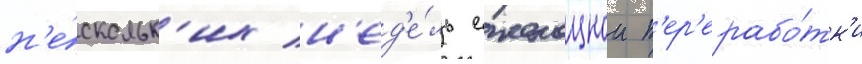
н'е́скольк'их н'ед'е́ль еженощнои п'ер'ерабо́тк'и